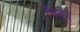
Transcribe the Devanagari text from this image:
रेचक।